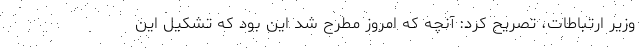
وزیر ارتباطات، تصریح کرد: آنچه که امروز مطرح شد این بود که تشکیل این